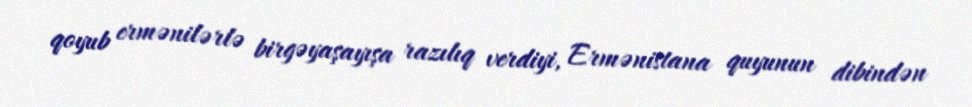
qoyub ermənilərlə birgəyaşayışa razılıq verdiyi, Ermənistana quyunun dibindən